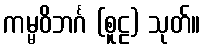
ကမ္မဝိဘင်္ဂ (စူဠ) သုတ်။